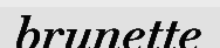
brunette